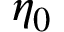
\eta _ { 0 }